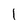
Character: 1